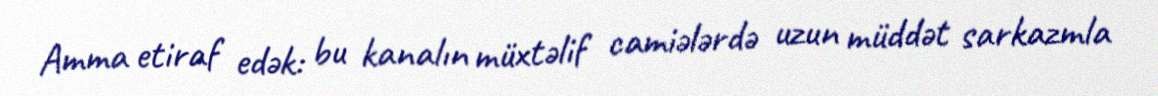
Amma etiraf edək: bu kanalın müxtəlif camiələrdə uzun müddət sarkazmla